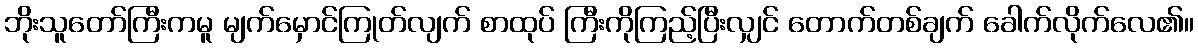
ဘိုးသူတော်ကြီးကမူ မျက်မှောင်ကြုတ်လျက် စာထုပ် ကြီးကိုကြည့်ပြီးလျှင် တောက်တစ်ချက် ခေါက်လိုက်လေ၏။